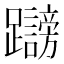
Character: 𲄓